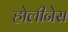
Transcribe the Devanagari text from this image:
होलीनेस